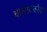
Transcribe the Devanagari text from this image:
थालाक्कोदन